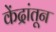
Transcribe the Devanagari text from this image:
केंद्रांतून